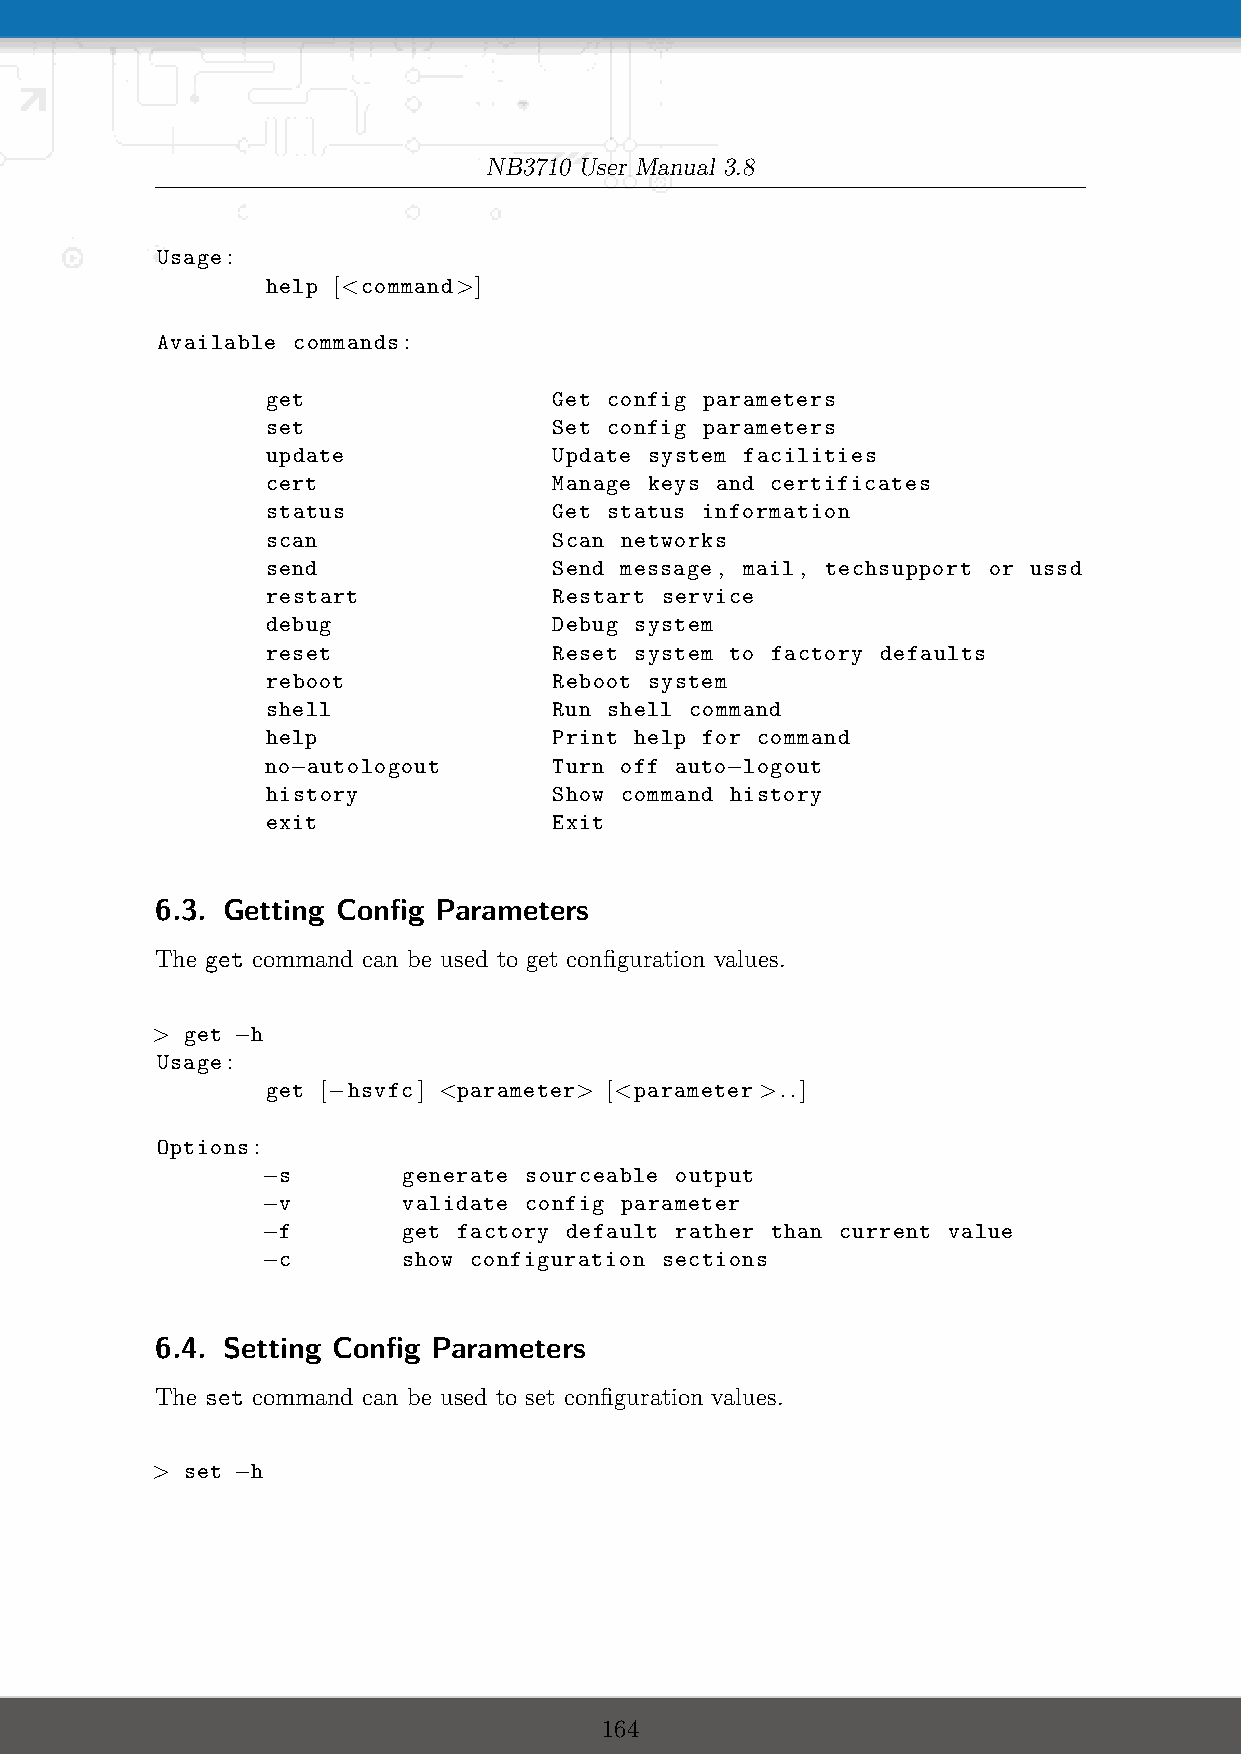
NB3710 User Manual 3.8
 Usage:
 help [<command>]
 Available commands:
 get                Get config parameters
 set                Set config parameters
 update             Update system facilities
 cert               Manage keys and certificates
 status             Get status information
 scan               Scan networks
 send               Send message , mail, techsupport or ussd
 restart            Restart service
 debug              Debug system
 reset              Reset system to factory defaults
 reboot             Reboot system
 shell              Run shell command
 help               Print help for command
 no−autologout      Turn off auto−logout
 history            Show command history
 exit               Exit
 6.3. Getting Config Parameters
 The get command can be used to get configuration values.
 > get −h
 Usage:
 get [−hsvfc] <parameter> [<parameter >..]
 Options:
 −s        generate sourceable output
 −v        validate config parameter
 −f        get factory default rather than current value
 −c        show configuration sections
 6.4. Setting Config Parameters
 The set command can be used to set configuration values.
 > set −h
 164